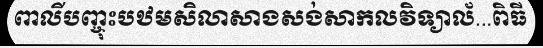
ពាលីបញ្ចុះបឋមសិលាសាងសង់សាកលវិទ្យាល័...ពិធី